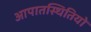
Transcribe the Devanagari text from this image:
आपातस्थितियों